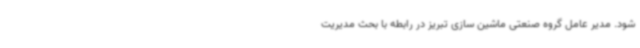
شود. مدیر عامل گروه صنعتی ماشین سازی تبریز در رابطه با بحث مدیریت